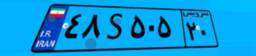
۴۸S۵۰۵۲۰